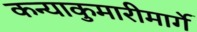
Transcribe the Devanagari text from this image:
कन्याकुमारीमार्गे